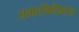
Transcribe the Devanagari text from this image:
अमरीकीकरण